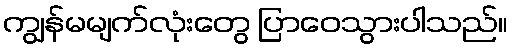
ကျွန်မမျက်လုံးတွေ ပြာဝေသွားပါသည်။